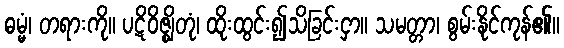
ဓမ္မံ၊ တရားကို။ ပဋိဝိဇ္ဈိတုံ၊ ထိုးထွင်း၍သိခြင်းငှာ။ သမတ္တာ၊ စွမ်းနိုင်ကုန်၏။